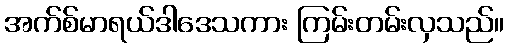
အက်စ်မာရယ်ဒါဒေသကား ကြမ်းတမ်းလှသည်။